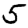
Digit: 5